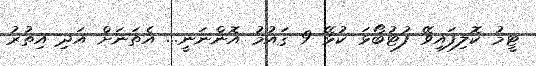
ޓީމު ކޮލިފައިވޭ ފުޓުބޯޅަ ކުޅޭ 9 ޤައުމު އޮންނަނީ... އެތަނަށް އަދި އިތުރު